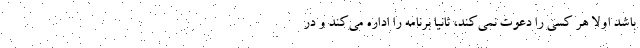
باشد اولا هر کسی را دعوت نمی‌کند، ثانیا برنامه را اداره می‌کند و در